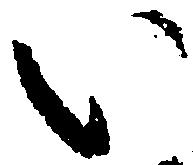
い